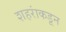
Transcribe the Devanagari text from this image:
शहरांकडून